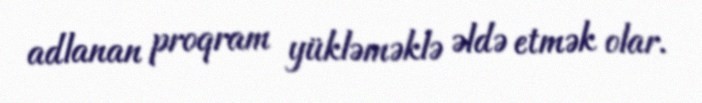
adlanan proqram yükləməklə əldə etmək olar.